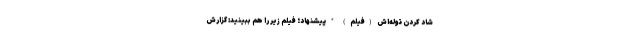
شاد کردن توله‌اش (فیلم) * پیشنهاد؛ فیلم‌ زیر را هم ببینید: گزارش